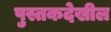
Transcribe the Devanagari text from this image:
पुस्तकदेखील